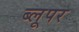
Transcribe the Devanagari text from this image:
ब्लूपर